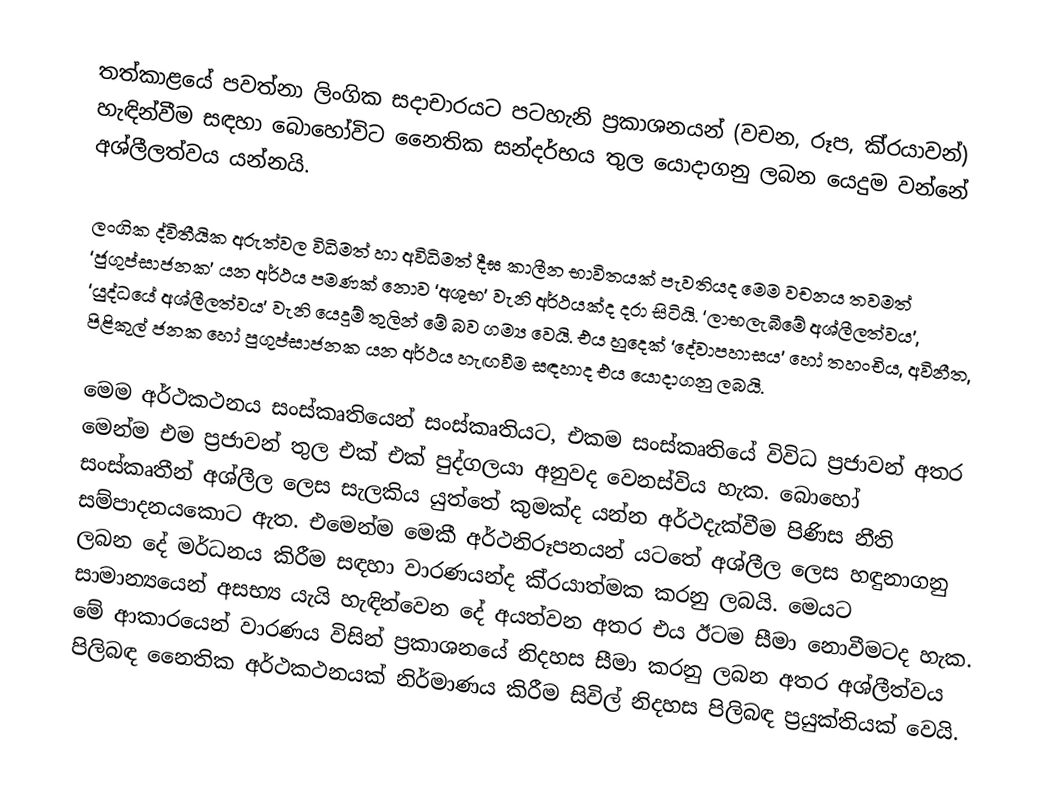
තත්කාළයේ පවත්නා ලිංගික සදාචාරයට පටහැනි ප‍්‍රකාශනයන් (වචන, රූප, කි‍්‍රයාවන්) හැඳින්වීම සඳහා බොහෝවිට නෛතික සන්දර්භය තුල යොදාගනු ලබන යෙදුම වන්නේ අශ්ලීලත්වය යන්නයි.

ලංගික ද්විතීයික අරුත්වල විධිමත් හා අවිධිමත් දීඝ කාලීන භාවිතයක් පැවතියද මෙම වචනය තවමත් ‘ජුගුප්සාජනක’ යන අර්ථය පමණක් නොව ‘අශුභ’ වැනි අර්ථයක්ද දරා සිටියි. ‘ලාභලැබීමේ අශ්ලීලත්වය’, ‘යුද්ධයේ අශ්ලීලත්වය’ වැනි යෙදුම් තුලින් මේ බව ගම්‍ය වෙයි. එය හුදෙක් ‘දේවාපහාසය’ හෝ තහංචිය, අවිනීත, පිළිකුල් ජනක හෝ පුගුප්සාජනක යන අර්ථය හැඟවීම සඳහාද එය යොදාගනු ලබයි.

මෙම අර්ථකථනය සංස්කෘතියෙන් සංස්කෘතියට, එකම සංස්කෘතියේ විවිධ ප‍්‍රජාවන් අතර මෙන්ම එම ප‍්‍රජාවන් තුල එක් එක් පුද්ගලයා අනුවද වෙනස්විය හැක. බොහෝ සංස්කෘතීන් අශ්ලීල ලෙස සැලකිය යුත්තේ කුමක්ද යන්න අර්ථදැක්වීම පිණිස නීති සම්පාදනයකොට ඇත. එමෙන්ම මෙකී අර්ථනිරූපනයන් යටතේ අශ්ලීල ලෙස හඳුනාගනු ලබන දේ මර්ධනය කිරීම සඳහා වාරණයන්ද කි‍්‍රයාත්මක කරනු ලබයි. මෙයට සාමාන්‍යයෙන් අසභ්‍ය යැයි හැඳින්වෙන දේ අයත්වන අතර එය ඊටම සීමා නොවීමටද හැක. මේ ආකාරයෙන් වාරණය විසින් ප‍්‍රකාශනයේ නිදහස සීමා කරනු ලබන අතර අශ්ලීත්වය පිලිබඳ නෛතික අර්ථකථනයක් නිර්මාණය කිරීම සිවිල් නිදහස පිලිබඳ ප‍්‍රයුක්තියක් වෙයි.